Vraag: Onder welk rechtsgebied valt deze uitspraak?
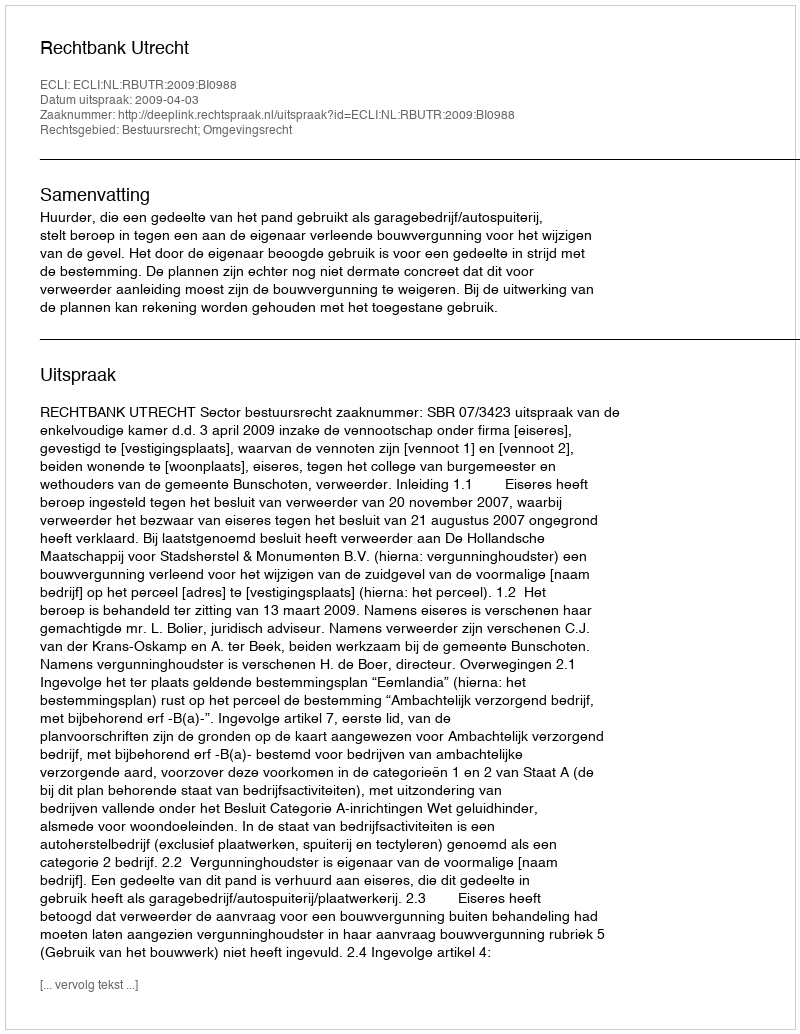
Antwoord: Bestuursrecht; Omgevingsrecht